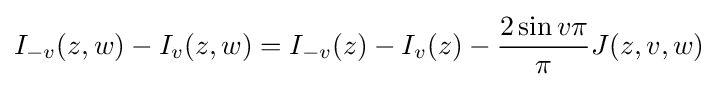
I_{-v}(z,w)-I_{v}(z,w)=I_{-v}(z)-I_{v}(z)-{\dfrac {2\sin v\pi }{\pi }}J(z,v,w)